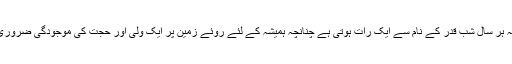
کیونکہ ہر سال شب قدر کے نام سے ایک رات ہوتی ہے چنانچہ ہمیشہ کے لئے روئے زمین پر ایک ولی اور حجت کی موجودگی ضروری ہے۔